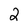
Character: 2